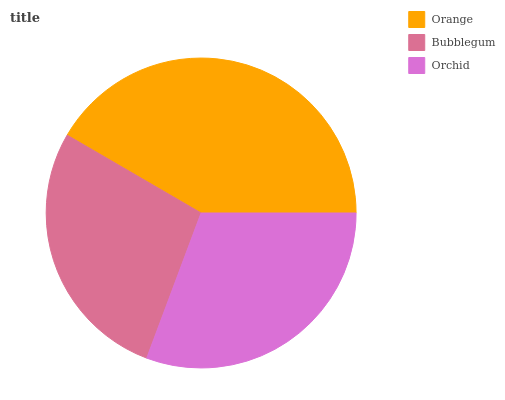
| Orange | Bubblegum | Orchid |
 | --- | --- | --- |
 | 41.7% | 27.7% | 30.7% |